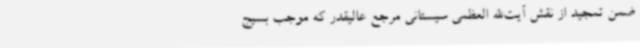
ضمن تمجید از نقش آیت‌الله العظمی سیستانی مرجع عالیقدر که موجب بسیج